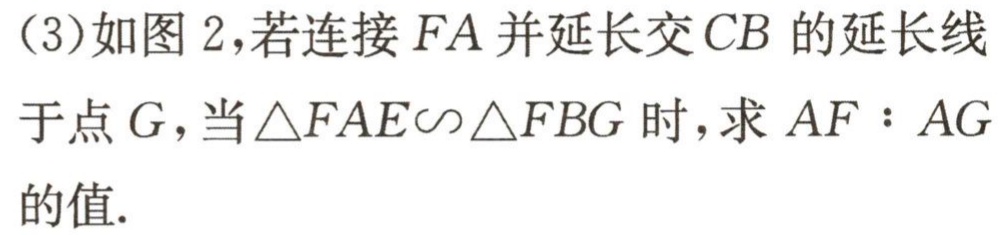
(3)如图2，若连接\(FA\)并延长交\(CB\)的延长线于点\(G\)，当\(\triangle FAE\sim\triangle FBG\)时，求\(AF:AG\)的值.